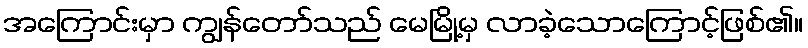
အကြောင်းမှာ ကျွန်တော်သည် မေမြို့မှ လာခဲ့သောကြောင့်ဖြစ်၏။